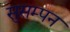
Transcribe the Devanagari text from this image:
सुसम्पन